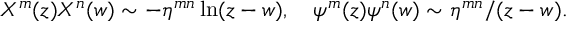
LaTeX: X ^ { m } ( z ) X ^ { n } ( w ) \sim - \eta ^ { m n } \ln ( z - w ) , \quad \psi ^ { m } ( z ) \psi ^ { n } ( w ) \sim \eta ^ { m n } / ( z - w ) .